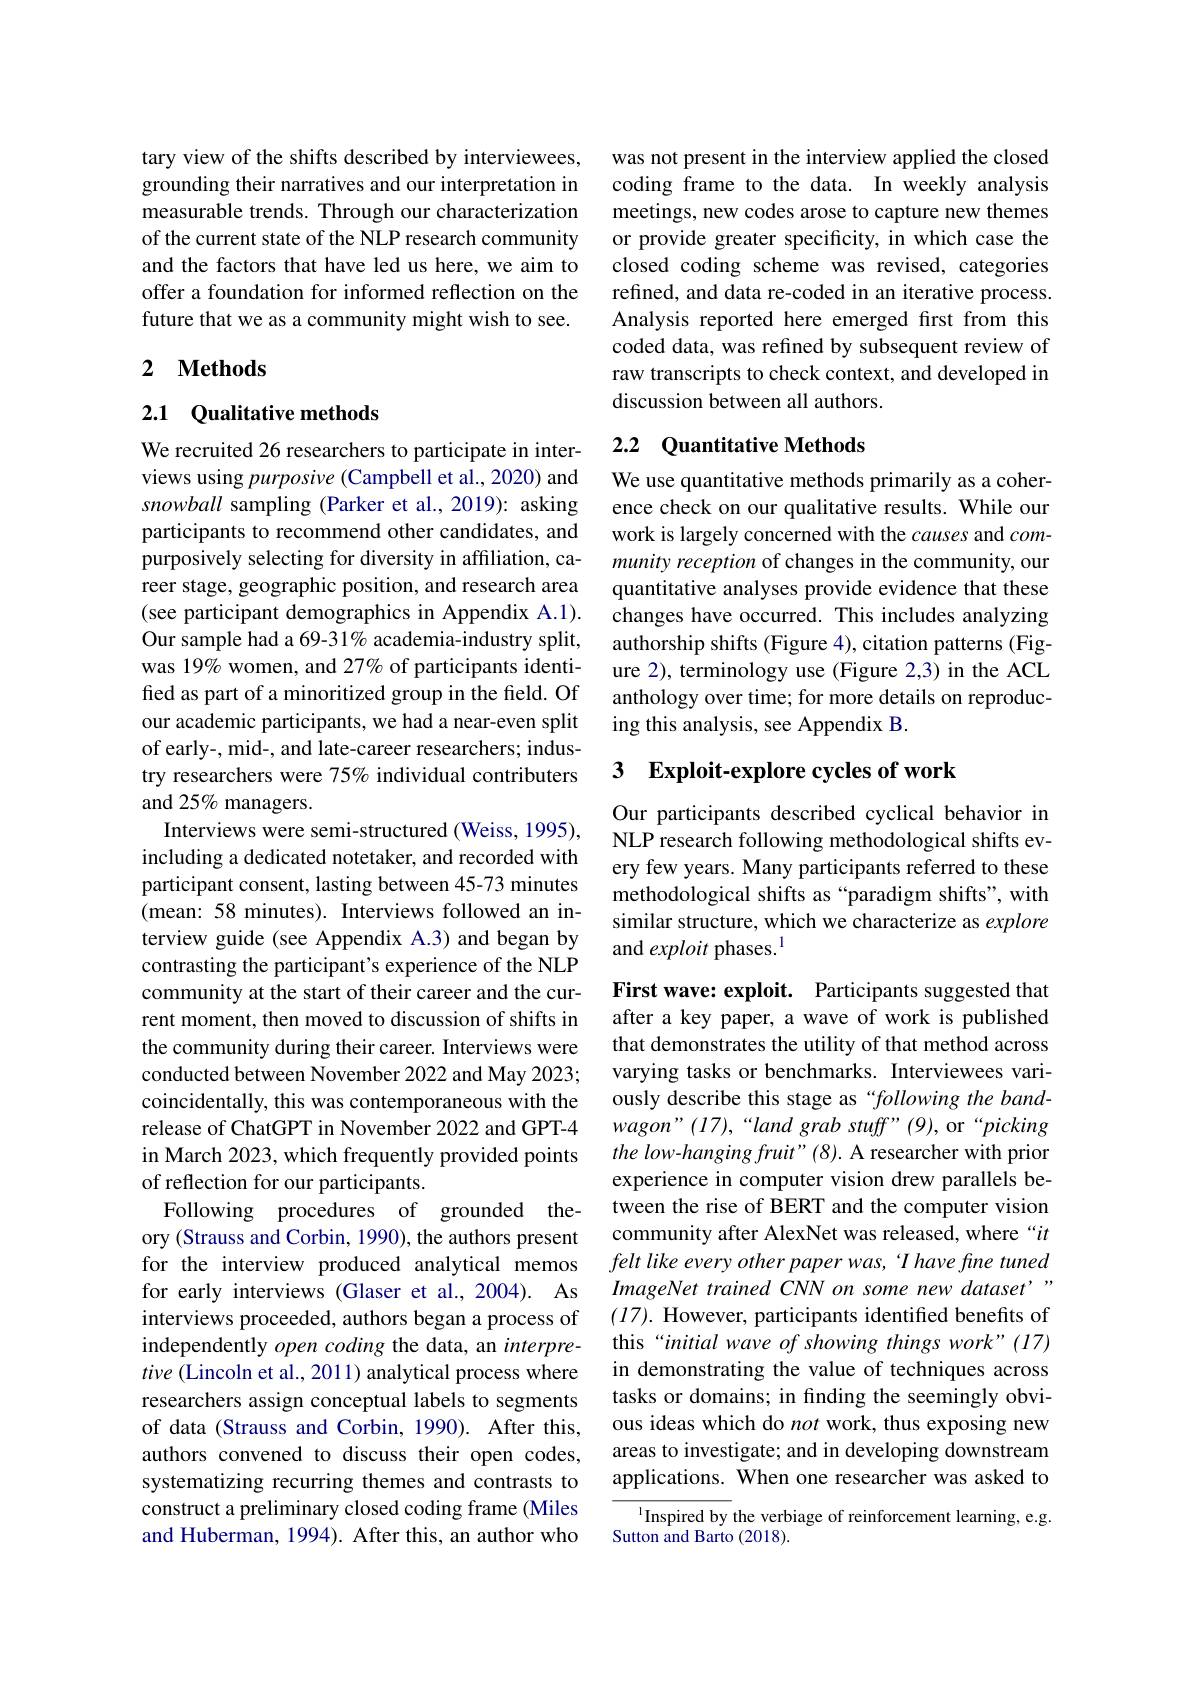
tary view of the shifts described by interviewees, grounding their narratives and our interpretation in measurable trends. Through our characterization of the current state of the NLP research community and the factors that have led us here, we aim to offer a foundation for informed reflection on the future that we as a community might wish to see.

## 2 Methods

## 2.1 Qualitative methods

We recruited 26 researchers to participate in interviews using purposive (Campbell et al., 2020) and snowball sampling (Parker et al., 2019): asking participants to recommend other candidates, and purposively selecting for diversity in affiliation, career stage, geographic position, and research area (see participant demographics in Appendix A.1). Our sample had a 69-31% academia-industry split, was 19% women, and 27% of participants identified as part of a minoritized group in the field. Of our academic participants, we had a near-even split of early-, mid-, and late-career researchers; industry researchers were 75% individual contributers and 25% managers.
Interviews were semi-structured (Weiss, 1995), including a dedicated notetaker, and recorded with participant consent, lasting between 45-73 minutes (mean: 58 minutes). Interviews followed an interview guide (see Appendix A.3) and began by contrasting the participant's experience of the NLP community at the start of their career and the current moment, then moved to discussion of shifts in the community during their career. Interviews were conducted between November 2022 and May 2023; coincidentally, this was contemporaneous with the release of ChatGPT in November 2022 and GPT-4 in March 2023, which frequently provided points of reflection for our participants.
Following procedures of grounded theory (Strauss and Corbin, 1990), the authors present for the interview produced analytical memos for early interviews (Glaser et al.,2004). As interviews proceeded, authors began a process of independently open coding the data, an interpretive (Lincoln et al., 2011) analytical process where researchers assign conceptual labels to segments of data (Strauss and Corbin, 1990). After this, authors convened to discuss their open codes, systematizing recurring themes and contrasts to construct a preliminary closed coding frame (Miles and Huberman, 1994). After this, an author who

was not present in the interview applied the closed coding frame to the data. In weekly analysis meetings, new codes arose to capture new themes or provide greater specificity, in which case the closed coding scheme was revised, categories refined, and data re-coded in an iterative process. Analysis reported here emerged frst from this coded data, was refined by subsequent review of raw transcripts to check context, and developed in discussion between all authors.

## 2.2 Quantitative Methods

We use quantitative methods primarily as a coherence check on our qualitative results. While our work is largely concerned with the causes and $com-$ munity reception of changes in the community, our quantitative analyses provide evidence that these changes have occurred. This includes analyzing authorship shifts (Figure 4), citation patterns (Figure 2), terminology use (Figure 2,3) in the ACL anthology over time; for more details on reproducing this analysis, see Appendix B.

## 3 Exploit-explore cycles of work

Our participants described cyclical behavior in NLP research following methodological shifts every few years. Many participants referred to these methodological shifts as “paradigm shifts", with similar structure, which we characterize as explore and exploit phases.$^{1}$

First wave: exploit. Participants suggested that after a key paper, a wave of work is published that demonstrates the utility of that method across varying tasks or benchmarks. Interviewees variously describe this stage as “following the band- $wagon”(17),“landgrabstuff”(9)$, or“picking the low-hanging fruit" (8). A researcher with prior experience in computer vision drew parallels between the rise of BERT and the computer vision community after AlexNet was released, where “$it$ felt like every other paper was, ' I have fine tuned ImageNet trained CNN on some new dataset" (17). However, participants identified benefits of this “initial wave of showing things work" (17) in demonstrating the value of techniques across tasks or domains; in finding the seemingly obvious ideas which do not work, thus exposing new areas to investigate; and in developing downstream applications. When one researcher was asked to

Inspired by the verbiage of reinforcement learning, e.g.
Sutton and Barto (2018).